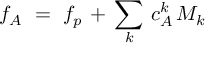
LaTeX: f _ { A } \ = \ f _ { p } \, + \, \sum _ { k } \, c _ { A } ^ { k } \, M _ { k }